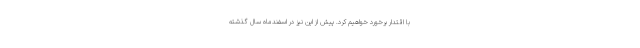
با اقتدار برخورد خواهیم کرد. پیش از این نیز در اسفندماه سال گذشته